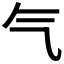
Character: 气